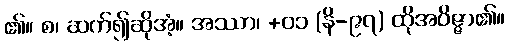
၏။ စ၊ ဆက်၍ဆိုအံ့။ အဿာ၊ +၀၁ (နိ-၉၇) ထိုအဝိဇ္ဇာ၏။